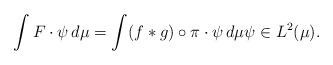
LaTeX: \begin{align*} \int F\cdot \psi \,d\mu= \int (f*g)\circ \pi \cdot \psi \,d\mu \psi\in L^{2}(\mu). \end{align*}